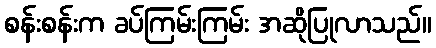
စန်းစန်းက ခပ်ကြမ်းကြမ်း အဆိုပြုလာသည်။